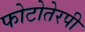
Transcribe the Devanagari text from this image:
फोटोतेरपी